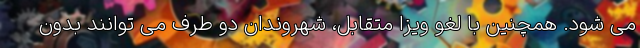
می شود. همچنین با لغو ویزا متقابل، شهروندان دو طرف می توانند بدون